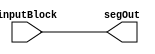
module SegRunner (inputBlock, segOut);

  input [7:0] inputBlock;
  output [7:0] segOut;
  reg [7:0] segOut;

  always @ (inputBlock) begin
    segOut <= (inputBlock);
  end
endmodule